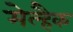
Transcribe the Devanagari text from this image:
मेल्हैक